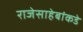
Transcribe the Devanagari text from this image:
राजेसाहेबांकडे